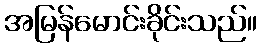
အမြန်မောင်းခိုင်းသည်။